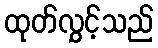
ထုတ်လွှင့်သည်